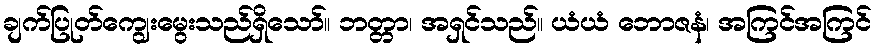
ချက်ပြုတ်ကျွေးမွေးသည်ရှိသော်။ ဘတ္တာ၊ အရှင်သည်။ ယံယံ ဘောဇနံ၊ အကြင်အကြင်